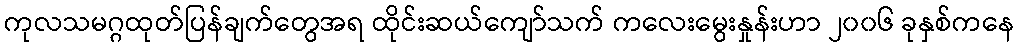
ကုလသမဂ္ဂထုတ်ပြန်ချက်တွေအရ ထိုင်းဆယ်ကျော်သက် ကလေးမွေးနှုန်းဟာ ၂၀၀၆ ခုနှစ်ကနေ